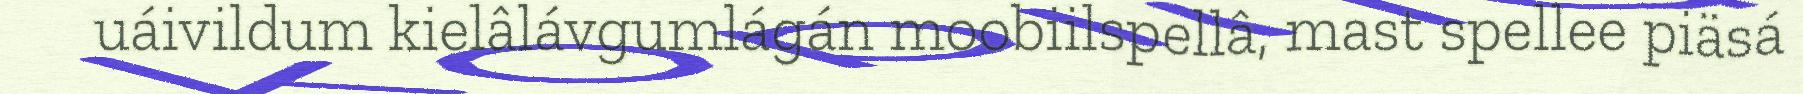
uáivildum kielâlávgumlágán moobiilspellâ, mast spellee piäsá